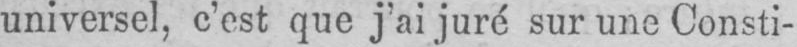
universel, c’est que j’ai juré sur une Consti-